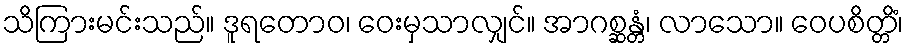
သိကြားမင်းသည်။ ဒူရတောဝ၊ ဝေးမှသာလျှင်။ အာဂစ္ဆန္တံ၊ လာသော။ ဝေပစိတ္တိံ၊